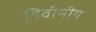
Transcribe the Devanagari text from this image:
त्रिवीमीय